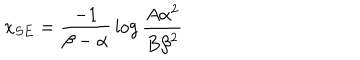
LaTeX: { x _ { S E } = { \frac { - 1 } { \beta - \alpha } } \log { \frac { A { \alpha } ^ { 2 } } { B { \beta } ^ { 2 } } } }